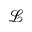
\mathcal { L }